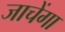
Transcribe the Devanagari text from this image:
जाचेंगा